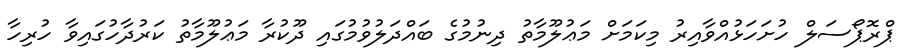
ޕްރޮޕޯސަލް ހުށަހަޅުއްވާއިރު މިކަމަށް މަޢުލޫމާތު ދިނުމުގެ ބައްދަލުވުމުގައި ދޫކުރާ މަޢުލޫމާތު ކަރުދާހުގައިވާ ހުރިހާ